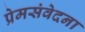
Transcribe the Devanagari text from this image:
प्रेमसंवेदना